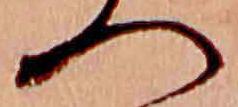
へ